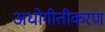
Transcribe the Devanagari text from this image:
अधोगीतीकरण